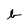
Character: b